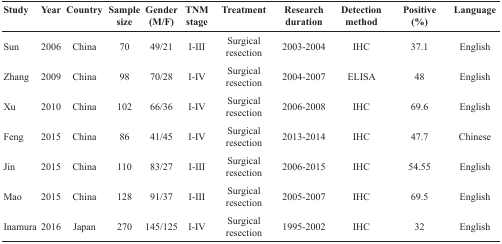
<table><thead><tr><td><b>Study</b></td><td><b>Year</b></td><td><b>Country</b></td><td><b>Sample size</b></td><td><b>Gender (M/F)</b></td><td><b>TNM stage</b></td><td><b>Treatment</b></td><td><b>Research duration</b></td><td><b>Detection method</b></td><td><b>Positive (%)</b></td><td><b>Language</b></td></tr></thead><tbody><tr><td>Sun</td><td>2006</td><td>China</td><td>70</td><td>49/21</td><td>I-III</td><td>Surgical resection</td><td>2003-2004</td><td>IHC</td><td>37.1</td><td>English</td></tr><tr><td>Zhang</td><td>2009</td><td>China</td><td>98</td><td>70/28</td><td>I-IV</td><td>Surgical resection</td><td>2004-2007</td><td>ELISA</td><td>48</td><td>English</td></tr><tr><td>Xu</td><td>2010</td><td>China</td><td>102</td><td>66/36</td><td>I-IV</td><td>Surgical resection</td><td>2006-2008</td><td>IHC</td><td>69.6</td><td>English</td></tr><tr><td>Feng</td><td>2015</td><td>China</td><td>86</td><td>41/45</td><td>I-IV</td><td>Surgical resection</td><td>2013-2014</td><td>IHC</td><td>47.7</td><td>Chinese</td></tr><tr><td>Jin</td><td>2015</td><td>China</td><td>110</td><td>83/27</td><td>I-III</td><td>Surgical resection</td><td>2006-2015</td><td>IHC</td><td>54.55</td><td>English</td></tr><tr><td>Mao</td><td>2015</td><td>China</td><td>128</td><td>91/37</td><td>I-III</td><td>Surgical resection</td><td>2005-2007</td><td>IHC</td><td>69.5</td><td>English</td></tr><tr><td>Inamura</td><td>2016</td><td>Japan</td><td>270</td><td>145/125</td><td>I-IV</td><td>Surgical resection</td><td>1995-2002</td><td>IHC</td><td>32</td><td>English</td></tr></tbody></table>